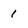
Character: 1